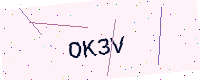
Text: OK3V